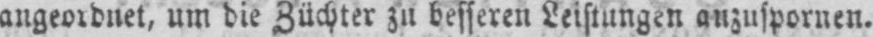
angeordnet, um die Züchter zu besseren Leistungen anzuspornen.